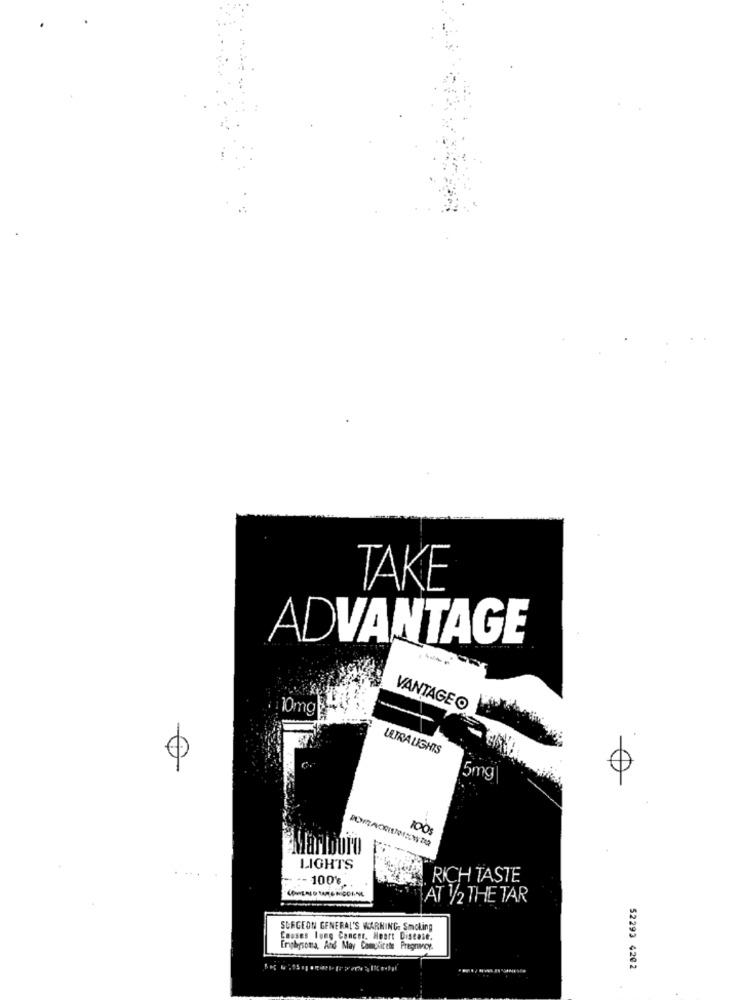
TAKE
ADVANTAGE
VANTAGEO
10mg“
ULTRALIGHTS
0
5mg
100%
Marlboro
LIGHTS
-100% ..
. RICH TASTE
AT 1/2 THE TAR
SURGEON GENERAL'S WARNING. Smoking
Causes long Concer. Heart Disease.
Erinbysoma, And May Comlitete Pregrancy.
52293 4202